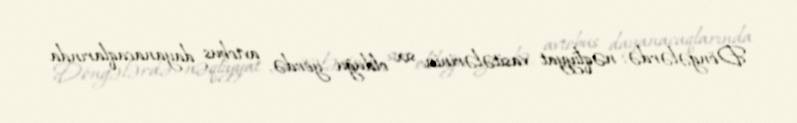
Döngələrdə, nəqliyyat vasitələrinin sıx olduğu yerdə, avtobus dayanacaqlarında